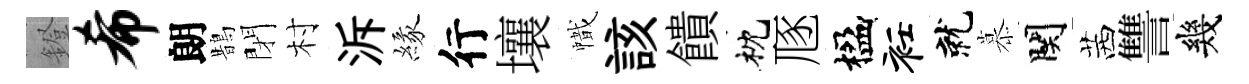
鐙希朗鵲閉村泝緣行壤幟該饋枕豗楹衽就慕関茜讐幾